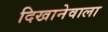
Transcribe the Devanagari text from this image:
दिखानेवाला